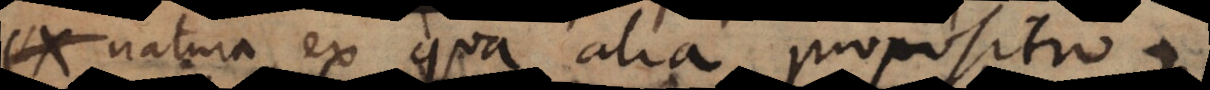
natura ex qua alia propositio